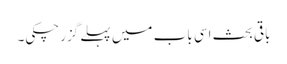
باقی بحث اسی باب میں پہلے گزرچکی۔